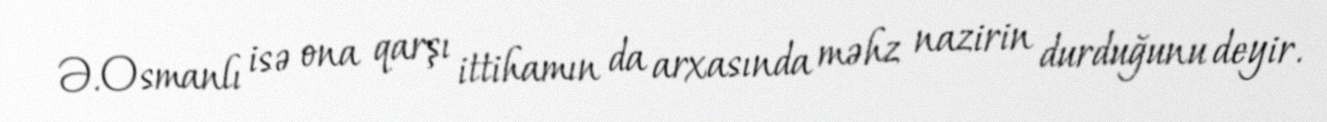
Ə.Osmanlı isə ona qarşı ittihamın da arxasında məhz nazirin durduğunu deyir.